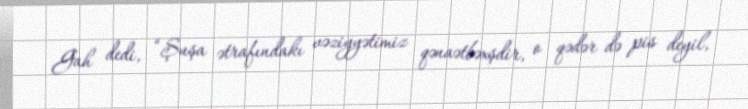
Gah dedi, “Şuşa ətrafındakı vəziyyətimiz qənaətbəxşdir, o qədər də pis deyil,